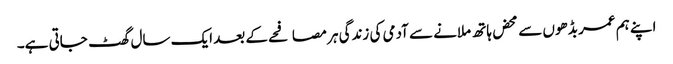
اپنے ہم عمر بڈھوں سے محض ہاتھ ملانے سے آدمی کی زندگی ہر مصافحے کے بعد ایک سال گھٹ جاتی ہے۔